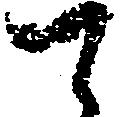
て